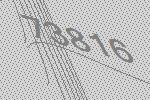
73816